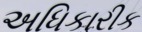
અધિકારીક